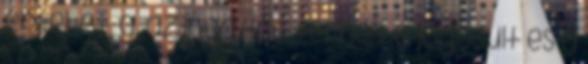
értékét, g. az ingatlan terheit a jogosult és a